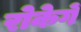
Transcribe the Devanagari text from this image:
रोकेगें